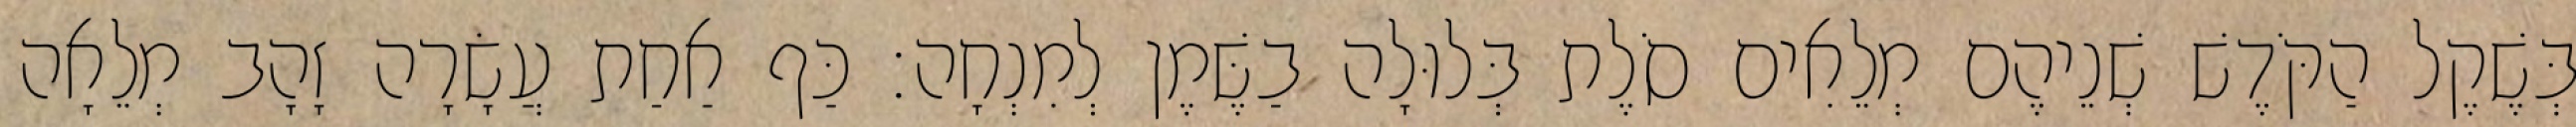
בְּשֶׁקֶל הַקֹּדֶשׁ שְׁנֵיהֶם מְלֵאִים סֹלֶת בְּלוּלָה בַשֶּׁמֶן לְמִנְחָה׃ כַּף אַחַת עֲשָׂרָה זָהָב מְלֵאָה